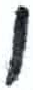
אות: ו